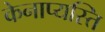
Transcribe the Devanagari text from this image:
केनाप्यस्ति